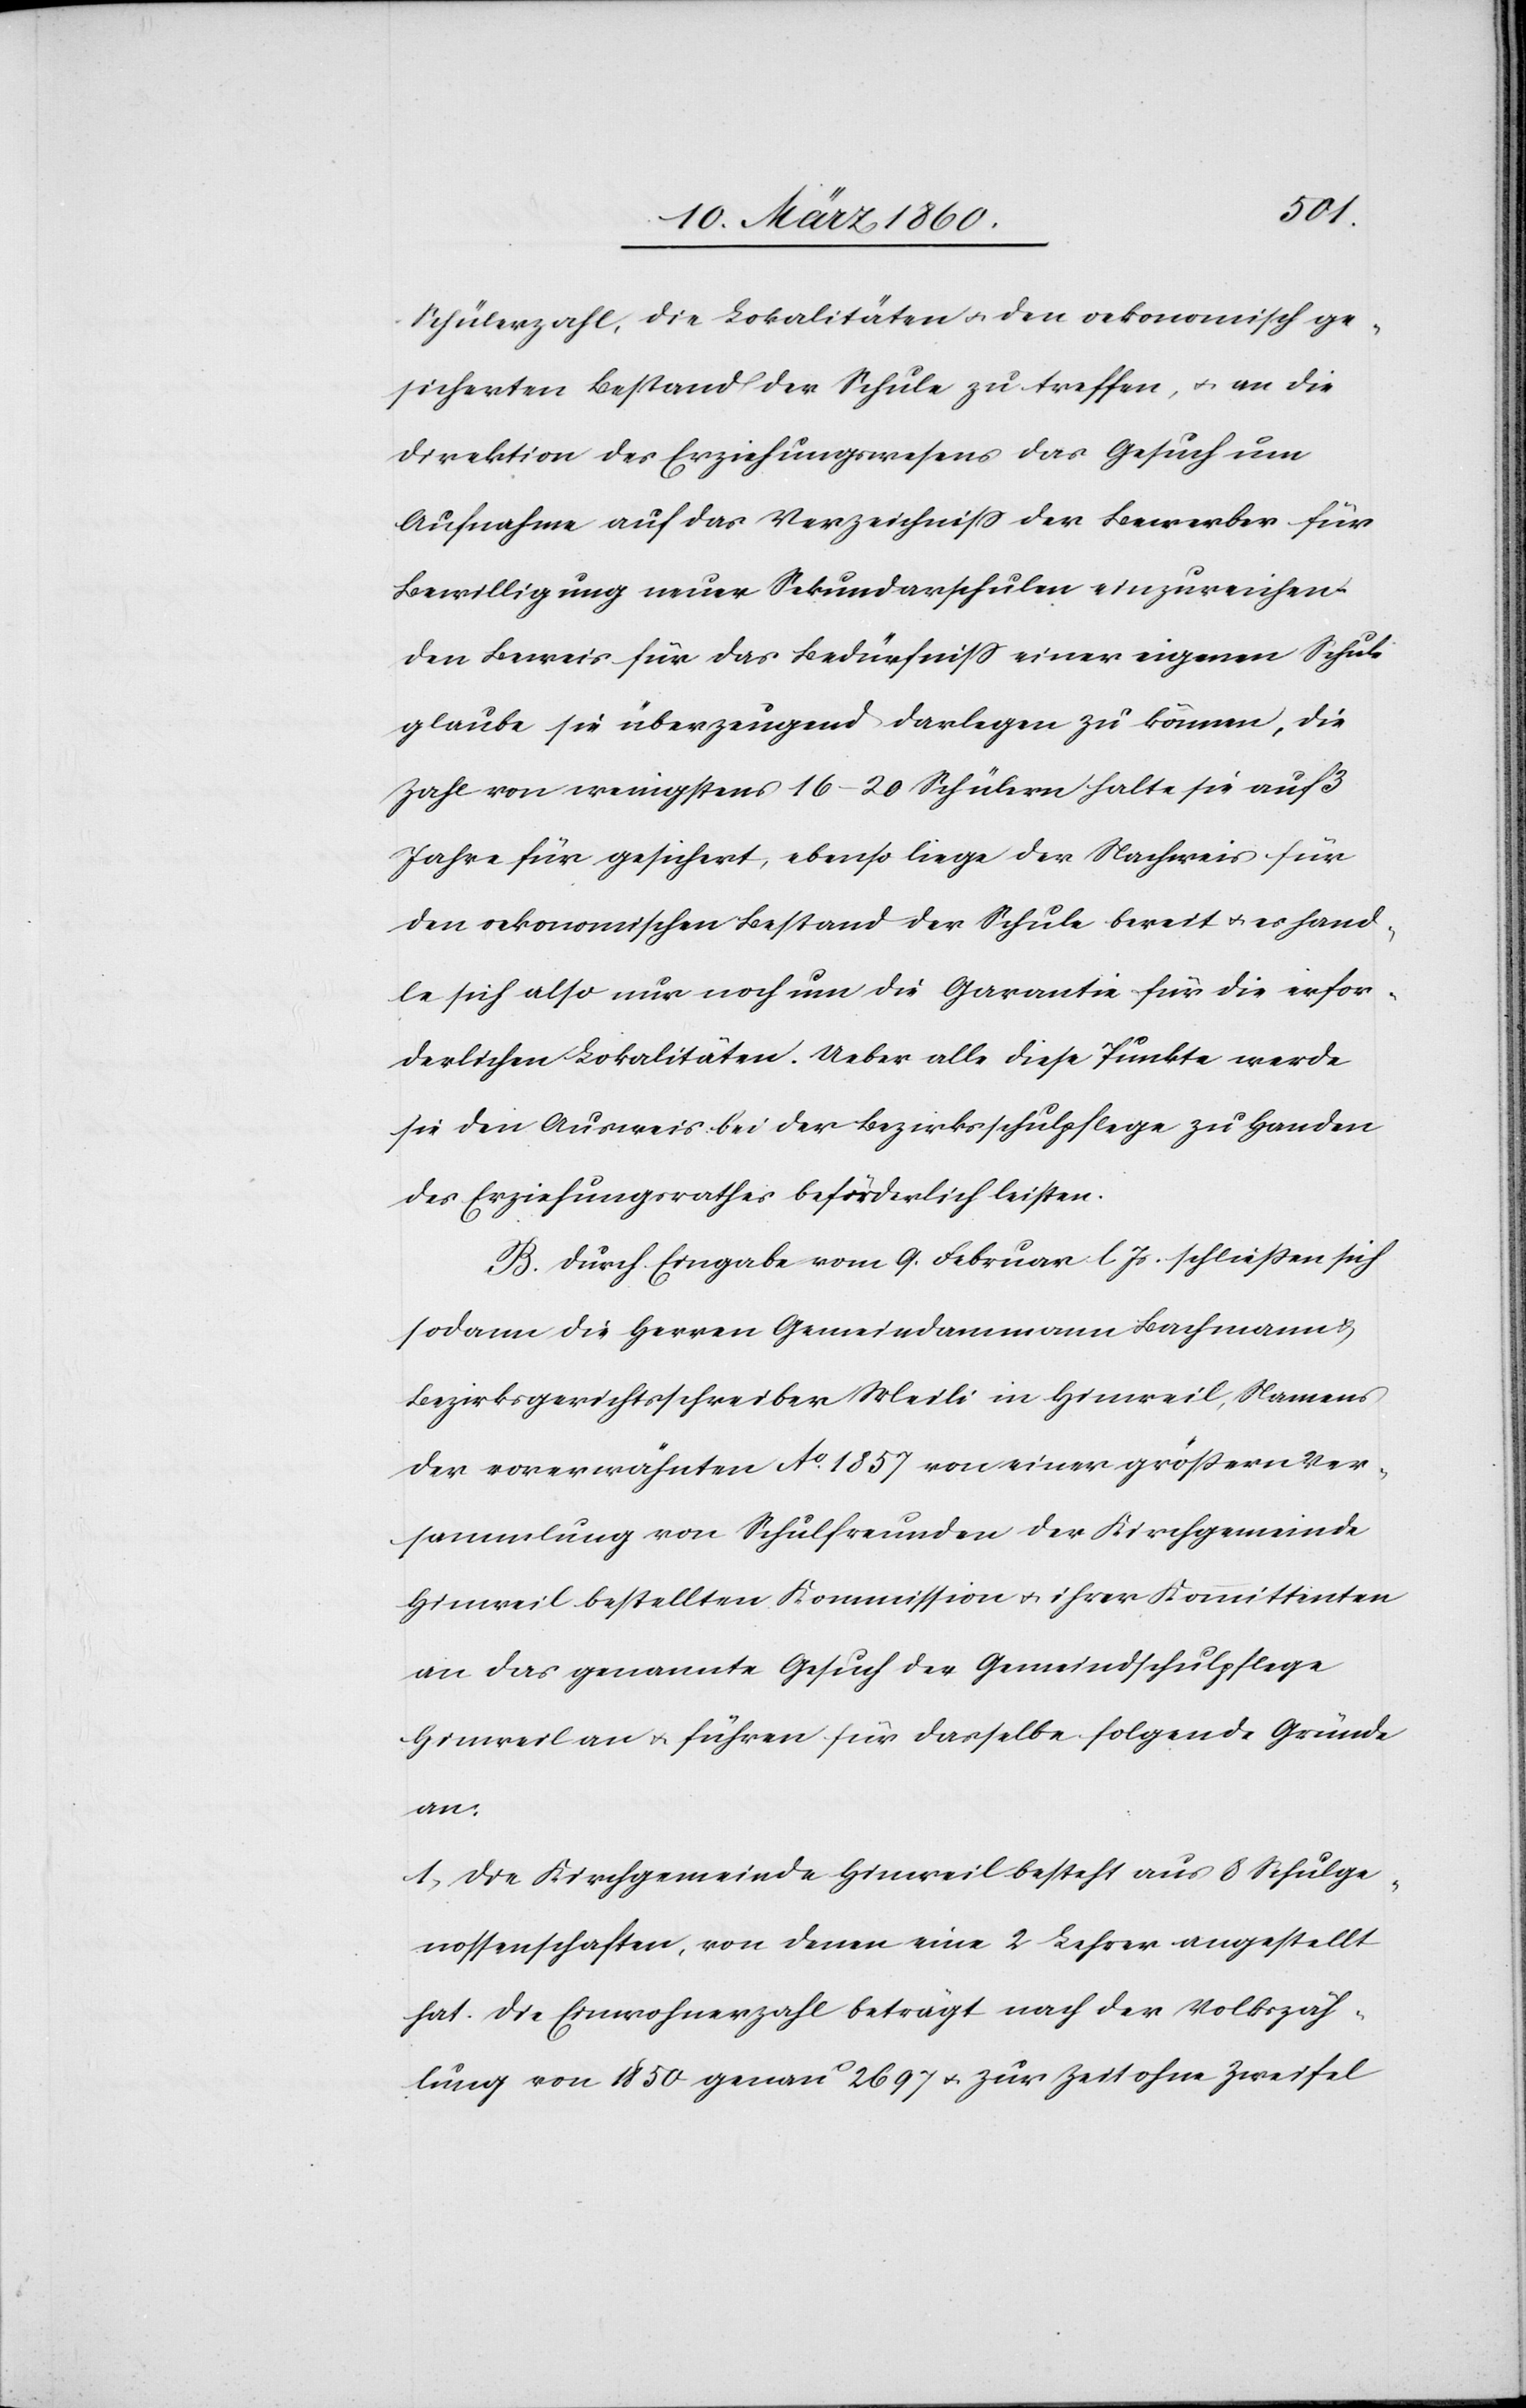
Schülerzahl, die Lokalitäten u. den oekonomisch ge¬
sicherten Bestand der Schule zu treffen, u. an die
Direktion des Erziehungswesens das Gesuch um
Aufnahme auf das Verzeichniss der Bewerber für
Bewilligung neuer Sekundarschulen einzureichen.
Den Beweis für das Bedürfniss einer eigenen Schule
glaube sie überzeugend darlegen zu können, die
Zahl von wenigstens 16–20 Schülern halte sie auf 3
Jahre für gesichert, ebenso liege der Nachweis für
den oekonomischen Bestand der Schule bereit u. es hand¬
le sich also nur noch um die Garantie für die erfor¬
derlichen Lokalitäten. Ueber alle diese Punkte werde
sie den Ausweis bei der Bezirksschulpflege zu Handen
des Erziehungsrathes beförderlich leisten.
B. Durch Eingabe vom 9. Februar l. Js. schliessen sich
sodann die Herren Gemeindammann Bachmann u.
Bezirksgerichtsschreiber Meili in Hinweil, Namens
der vorerwähnten Ao 1857 von einer grössern Ver¬
sammlung von Schulfreunden der Kirchgemeinde
Hinweil bestellten Kommission u. ihrer Kommittenten
an das genannte Gesuch der Gemeindschulpflege
Hinweil an u. führen für dasselbe folgende Gründe
an.
1. Die Kirchgemeinde Hinweil besteht aus 8 Schulge¬
nossenschaften, von denen eine 2 Lehrer angestellt
hat. Die Einwohnerzahl beträgt nach der Volkszäh¬
lung von 1850 genau 2697 u. zur Zeit ohne Zweifel